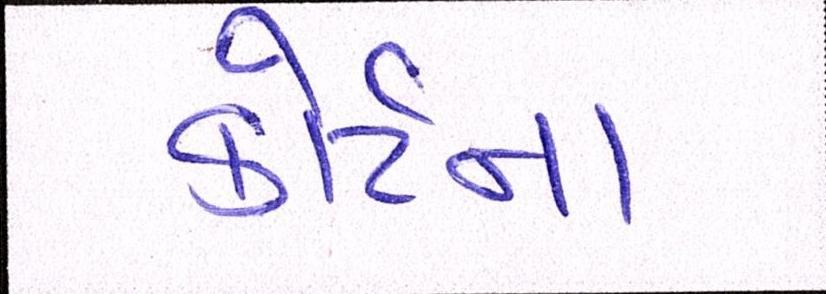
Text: કોર્ટના